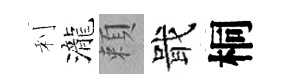
利瀧頼戢桐